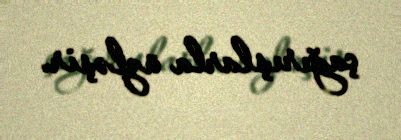
çağırışlarla üzləşir.